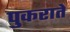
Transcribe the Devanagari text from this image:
पुकराते